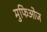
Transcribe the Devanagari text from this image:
मुफिओज